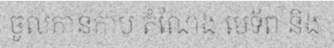
ចូលកាន់កាប់ តំណែង មេទ័ព និង